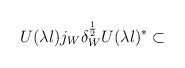
LaTeX: \begin{align*}U(\lambda l)j_{W}\delta _{W}^{\frac{1}{2}}U(\lambda l)^{*}\subset\end{align*}